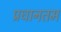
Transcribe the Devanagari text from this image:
प्रधानतम